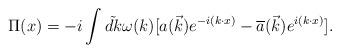
LaTeX: \begin{align*}\Pi(x) = -i\int\tilde{dk}\omega(k)[a(\vec{k})e^{-i(k\cdot x)} - {\overline{a}}(\vec{k})e^{i(k\cdot x)}].\end{align*}